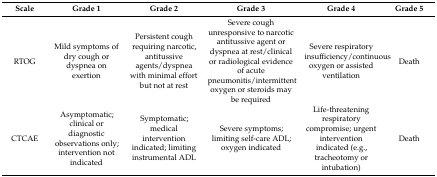
| Scale | Grade 1 | Grade 2 | Grade 3 | Grade 4 | Grade 5 |
 | --- | --- | --- | --- | --- | --- |
 | RTOG | Mild symptoms of dry cough or dyspnea on exertion | Persistent cough requiring narcotic, antitussive agents/dyspnea with minimal effort but not at rest | Severe cough unresponsive to narcotic antitussive agent or dyspnea at rest/clinical or radiological evidence of acute pneumonitis/intermittent oxygen or steroids may be required | Severe respiratory insufficiency/continuous oxygen or assisted ventilation | Death |
 | CTCAE | Asymptomatic; clinical or diagnostic observations only; intervention not indicated | Symptomatic; medical intervention indicated; limiting instrumental ADL | Severe symptoms; limiting self-care ADL; oxygen indicated | Life-threatening respiratory compromise; urgent intervention indicated (e.g., tracheotomy or intubation) | Death |